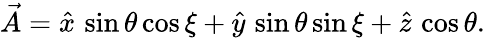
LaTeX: \vec{A}=\hat{x}\, \sin{\theta}\cos{\xi}+\hat{y}\, \sin{\theta}\sin{\xi}+\hat{z}\, \cos{\theta}.